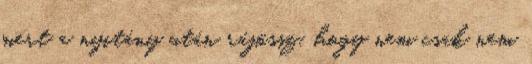
mert a nyitány után rájössz, hogy nem csak nem